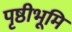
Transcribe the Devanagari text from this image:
पृष्ठीभूमि